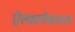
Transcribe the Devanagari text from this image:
ऐल्फानैफथाल